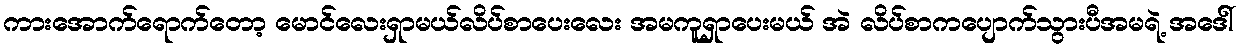
ကားအောက်ရောက်တော့ မောင်လေးရှာမယ်လိပ်စာပေးလေး အမကူရှာပေးမယ် အဲ လိပ်စာကပျောက်သွားပီအမရဲ့ အဒေါ်